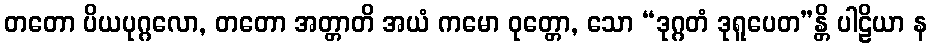
တတော ပိယပုဂ္ဂလော, တတော အတ္တာတိ အယံ ကမော ဝုတ္တော, သော “ဒုဂ္ဂတံ ဒုရူပေတ”န္တိ ပါဠိယာ န